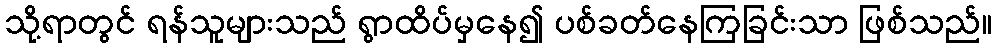
သို့ရာတွင် ရန်သူများသည် ရွာထိပ်မှနေ၍ ပစ်ခတ်နေကြခြင်းသာ ဖြစ်သည်။